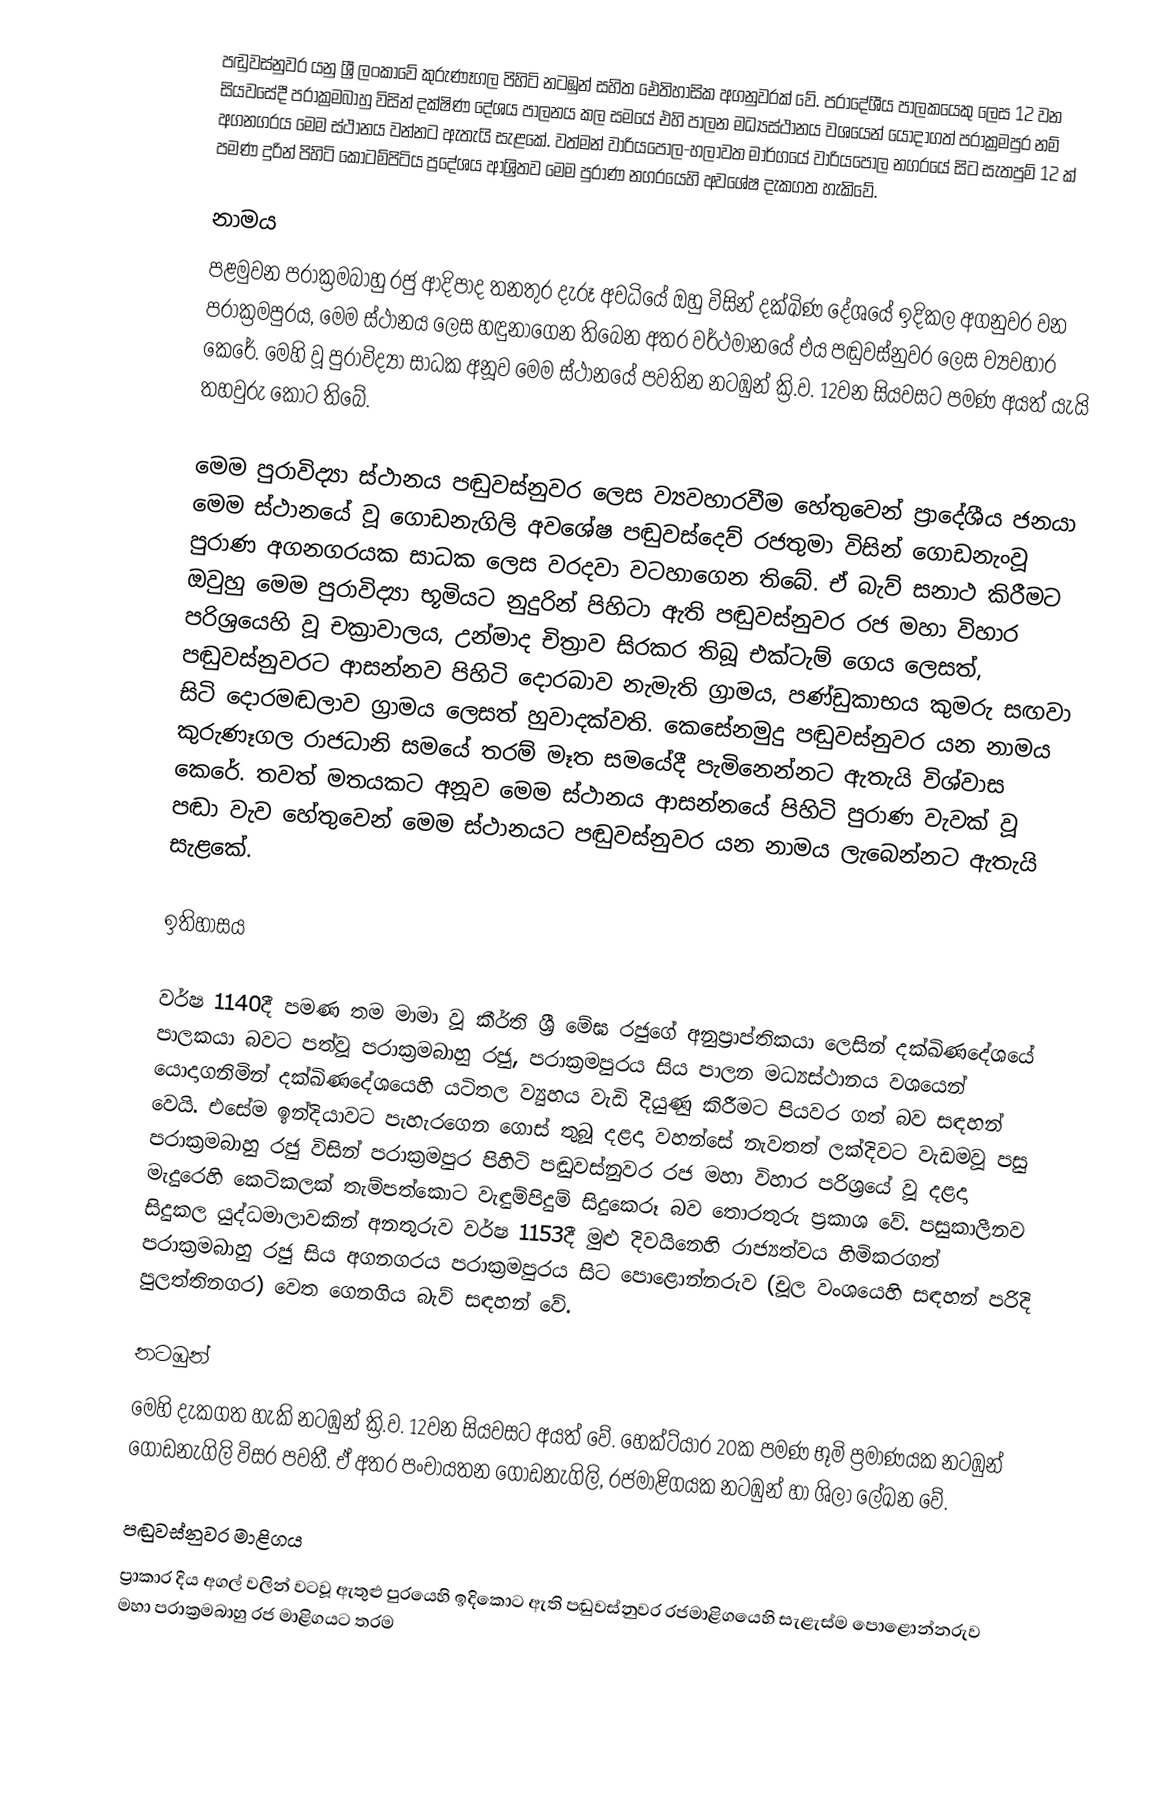
පඬුවස්නුවර යනු ශ්‍රී ලංකාවේ කුරුණෑගල පිහිටි නටඹුන් සහිත ඓතිහාසික අගනුවරක් වේ. ප‍්‍රාදේශීය පාලකයෙකු ලෙස 12 වන සියවසේදී පරාක්‍රමබාහු විසින් දක්ෂිණ දේශය පාලනය කල සමයේ එහි පාලන මධ්‍යස්ථානය වශයෙන් යොදාගත් පරාක්‍රමපුර නම් අගනගරය මෙම ස්ථානය වන්නට ඇතැයි සැළකේ. වත්මන් වාරියපොල-හලාවත මාර්ගයේ වාරියපොල නගරයේ සිට සැතපුම් 12 ක් පමණ දුරින් පිහිටි කොටම්පිටිය ප්‍රදේශය ආශ්‍රිතව මෙම පුරාණ නගරයෙහි අවශේෂ දැකගත හැකිවේ.

නාමය
පළමුවන පරාක්‍රමබාහු රජු ආදිපාද තනතුර දැරූ අවධියේ ඔහු විසින් දක්ඛිණ දේශයේ ඉදිකල අගනුවර වන පරාක්‍රමපුරය, මෙම ස්ථානය ලෙස හඳුනාගෙන තිබෙන අතර වර්ථමානයේ එය පඬුවස්නුවර ලෙස ව්‍යවහාර කෙරේ. මෙහි වූ පුරාවිද්‍යා සාධක අනූව මෙම ස්ථානයේ පවතින නටඹුන් ක්‍රි.ව. 12වන සියවසට පමණ අයත් යැයි තහවුරු කොට තිබේ.

මෙම පුරාවිද්‍යා ස්ථානය පඬුවස්නුවර ලෙස ව්‍යවහාරවීම හේතුවෙන් ප්‍රාදේශීය ජනයා මෙම ස්ථානයේ වූ ගොඩනැගිලි අවශේෂ පඬුවස්දෙව් රජතුමා විසින් ගොඩනැංවූ පුරාණ අගනගරයක සාධක ලෙස වරදවා වටහාගෙන තිබේ. ඒ බැව් සනාථ කිරීමට ඔවුහු මෙම පුරාවිද්‍යා භූමියට නුදුරින් පිහිටා ඇති පඬුවස්නුවර රජ මහා විහාර පරිශ්‍රයෙහි වූ චක්‍රාවාලය, උන්මාද චිත්‍රාව සිරකර තිබූ එක්ටැම් ගෙය ලෙසත්, පඬුවස්නුවරට ආසන්නව පිහිටි දොරබාව නැමැති ග්‍රාමය, පණ්ඩුකාභය කුමරු සඟවා සිටි දොරමඬලාව ග්‍රාමය ලෙසත් හුවාදක්වති. කෙසේනමුදු පඬුවස්නුවර යන නාමය කුරුණෑගල රාජධානි සමයේ තරම් මෑත සමයේදී  පැමිනෙන්නට ඇතැයි විශ්වාස කෙරේ. තවත් මතයකට අනූව මෙම ස්ථානය ආසන්නයේ පිහිටි පුරාණ වැවක් වූ පඬා වැව හේතුවෙන් මෙම ස්ථානයට පඬුවස්නුවර යන නාමය ලැබෙන්නට ඇතැයි සැළකේ.

ඉතිහාසය

වර්ෂ 1140දී පමණ තම මාමා වූ කීර්ති ශ්‍රී ‍මේඝ රජුගේ අනුප්‍රාප්තිකයා ලෙසින් දක්ඛිණදේශයේ පාලකයා බවට පත්වූ පරාක්‍රමබාහු රජු, පරාක්‍රමපුරය සිය පාලන මධ්‍යස්ථානය වශයෙන් යොදාගනිමින් දක්ඛිණදේශයෙහි යටිතල ව්‍යුහය වැඩි දියුණු කිරීමට පියවර ගත් බව සඳහන් වෙයි. එසේම ඉන්දියාවට පැහැරගෙන ගොස් තුබූ දළදා වහන්සේ නැවතත් ලක්දිවට වැඩමවූ පසු පරාක්‍රමබාහු රජු විසින් පරාක්‍රමපුර පිහිටි පඬුවස්නුවර රජ මහා විහාර පරිශ්‍රයේ වූ දළදා මැදුරෙහි කෙටිකලක් තැම්පත්කොට වැඳුම්පිදුම් සිදුකෙරූ බව තොරතුරු ප්‍රකාශ වේ. පසුකාලීනව සිදුකල යුද්ධමාලාවකින් අනතුරුව වර්ෂ 1153දී මුළු දිවයිනෙහි රාජ්‍යත්වය හිමිකරගත් පරාක්‍රමබාහු රජු සිය අගනගරය පරාක්‍රමපුරය සිට පොළොන්නරුව (චූල වංශයෙහි සඳහන් පරිදි පුලත්තිනගර) වෙත ගෙනගිය බැව් සඳහන් වේ.

නටඹුන්
මෙහි දැකගත හැකි නටඹුන් ක්‍රි.ව. 12වන සියවසට අයත් වේ. හෙක්ට්යාර 20ක පමණ භූමි ප්‍රමාණයක නටඹුන් ගොඩනැගිලි විසර පවතී. ඒ අතර පංචායතන ගොඩනැගිලි, රජමාළිගයක නටඹුන් හා ශිලා ලේඛන වේ.

පඬුවස්නුවර මාළිගය
ප්‍රාකාර දිය අගල් වලින් වටවූ ඇතුළු පුරයෙහි ඉදිකොට ඇති පඬුවස්නුවර රජමාළිගයෙහි සැළැස්ම පොළොන්නරුව මහා පරාක්‍රමබාහු රජ මාළිගයට තරම